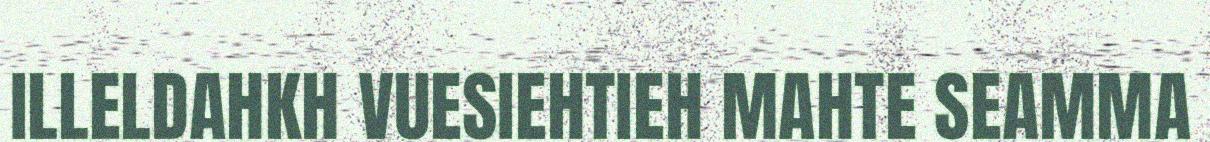
ILLELDAHKH VUESIEHTIEH MAHTE SEAMMA